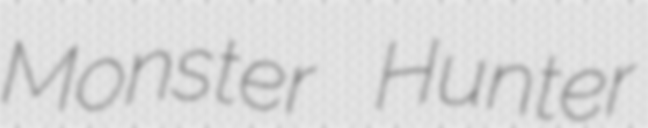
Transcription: Monster Hunter